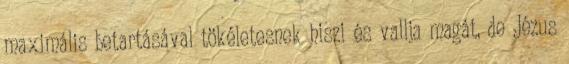
maximális betartásával tökéletesnek hiszi és vallja magát, de Jézus